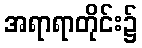
အရာရာတိုင်း၌